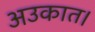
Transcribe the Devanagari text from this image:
अउकात।